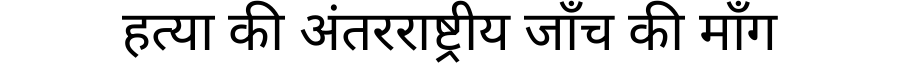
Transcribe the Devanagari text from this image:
हत्या की अंतरराष्ट्रीय जाँच की माँग